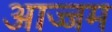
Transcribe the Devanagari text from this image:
आज्जम